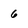
Character: 6